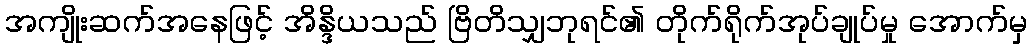
အကျိုးဆက်အနေဖြင့် အိန္ဒိယသည် ဗြိတိသျှဘုရင်၏ တိုက်ရိုက်အုပ်ချုပ်မှု အောက်မှ